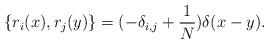
LaTeX: \begin{align*}\{r_{i}(x),r_{j}(y)\}=(-\delta_{i,j}+\frac{1}{N})\delta(x-y).\end{align*}